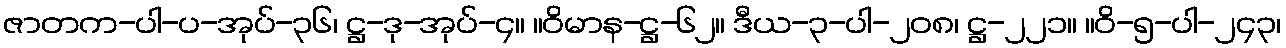
ဇာတက-ပါ-ပ-အုပ်-၃၆၊ ဋ္ဌ-ဒု-အုပ်-၄။ ။ဝိမာန-ဋ္ဌ-၆၂။ ဒီယ-၃-ပါ-၂၀၈၊ ဋ္ဌ-၂၂၁။ ။ဝိ-၅-ပါ-၂၄၃၊